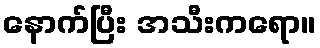
နောက်ပြီး အသီးကရော။